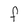
Character: F